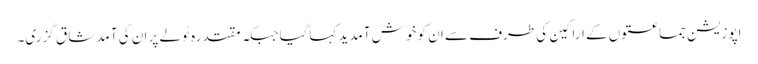
اپوزیشن جماعتوں کے اراکین کی طرف سے ان کو خوش آمدید کہاگیا جبکہ مقتدرہ ٹولے پر ان کی آمد شاق گزری۔